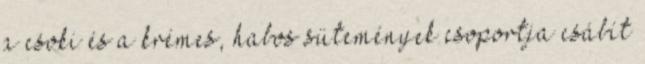
a csoki és a krémes, habos sütemények csoportja csábít